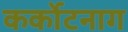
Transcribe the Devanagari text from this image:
कर्कोटनाग